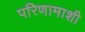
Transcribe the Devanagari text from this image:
परिणामाशी